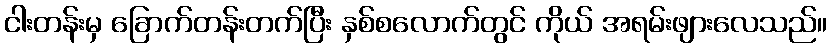
ငါးတန်းမှ ခြောက်တန်းတက်ပြီး နှစ်စလောက်တွင် ကိုယ် အရမ်းဖျားလေသည်။